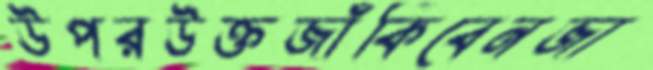
উপরউক্তজাঁকিবেনজা